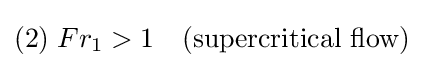
(2)\;Fr_{1}>1\quad {\text{(supercritical flow)}}